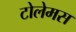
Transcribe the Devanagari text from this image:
टोलेमस